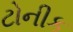
ટોનીક